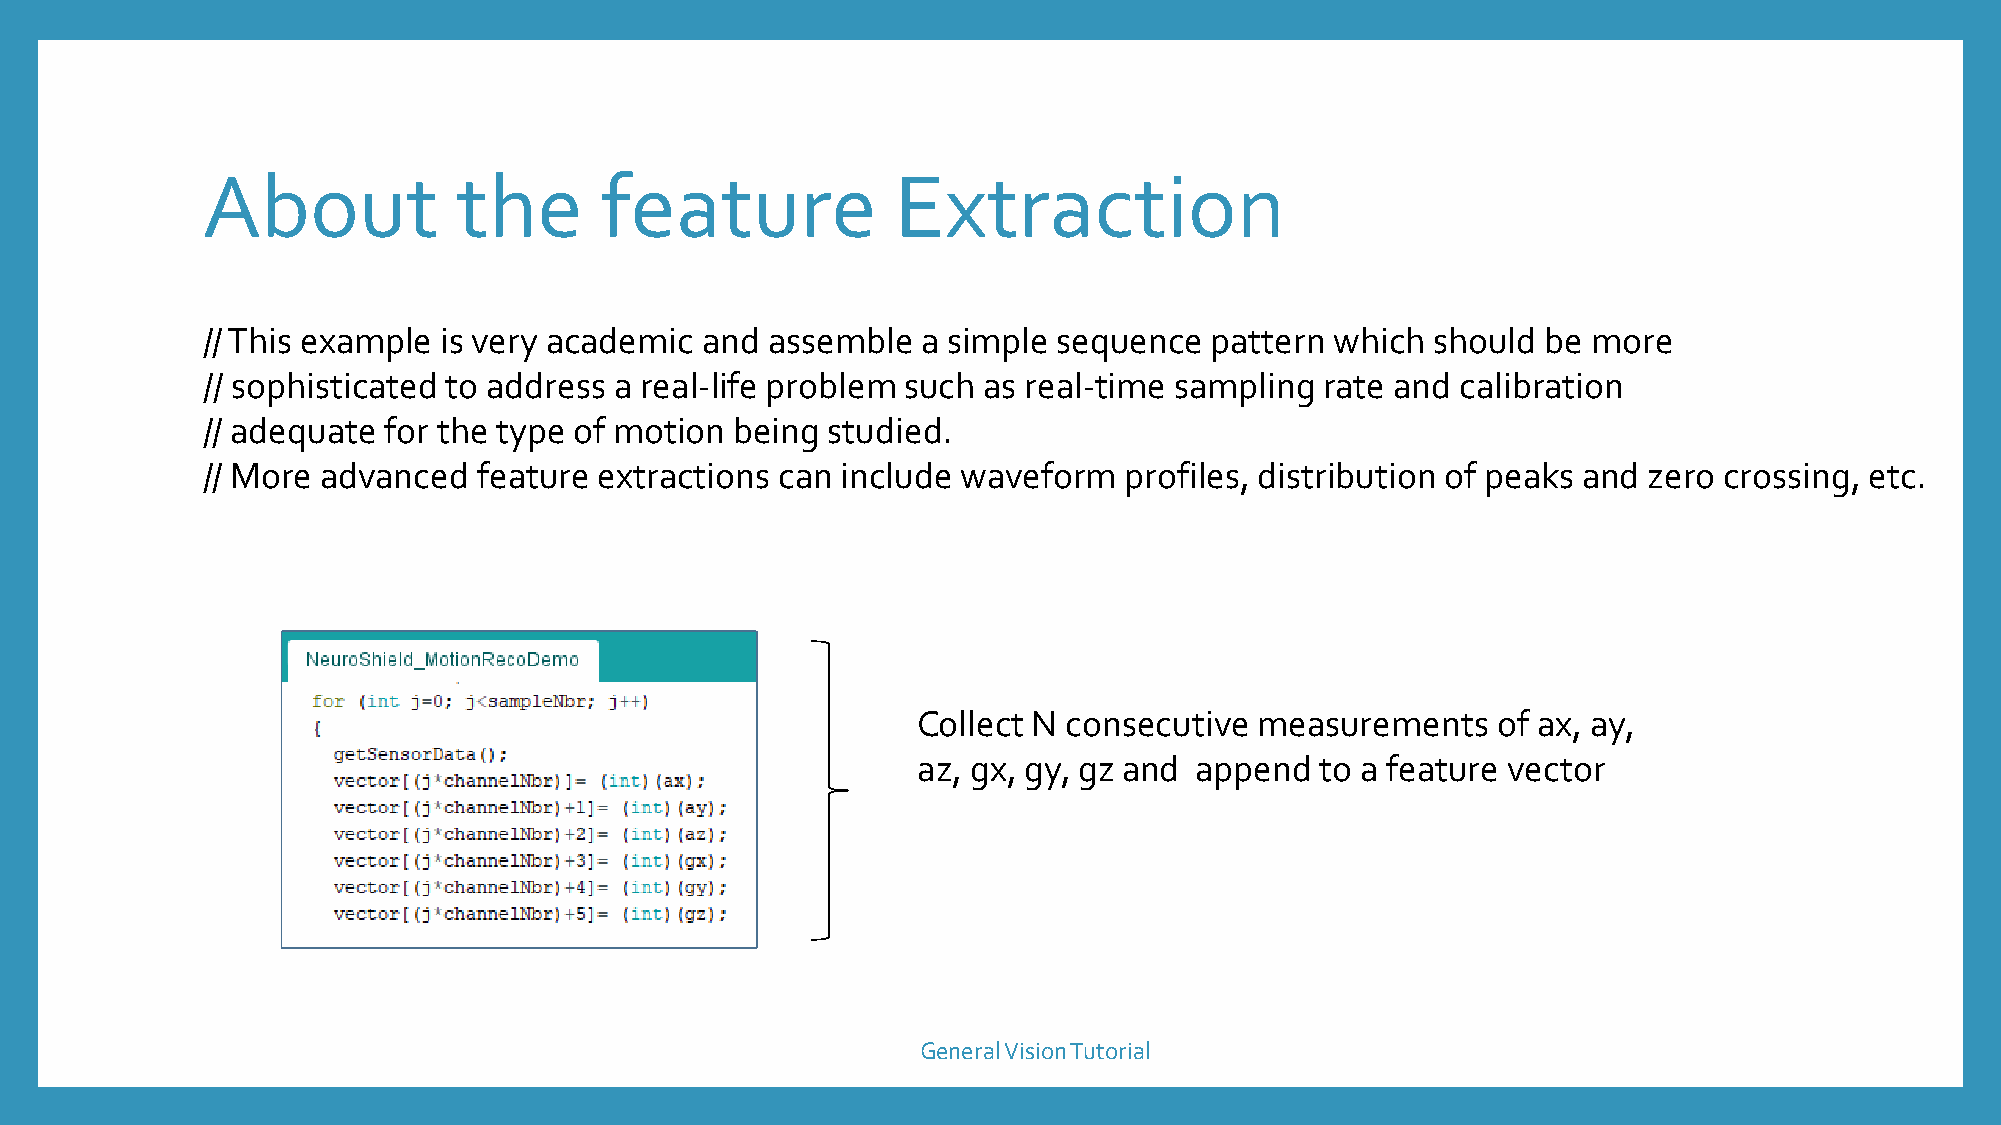
About            the       feature            Extraction
 // This example is very academic and  assemble  a simple sequence  pattern which  should be more
 // sophisticated to address a real-life problem such as real-time sampling rate and calibration
 // adequate for the type of motion  being studied.
 // More advanced   feature extractions can include waveform  profiles, distribution of peaks and zero crossing, etc.
 Collect N consecutive measurements    of ax, ay,
 az, gx, gy, gz and append to a feature vector
 General Vision Tutorial